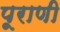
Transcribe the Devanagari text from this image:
पूराणी